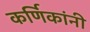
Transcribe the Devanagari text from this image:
कर्णिकांनी